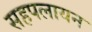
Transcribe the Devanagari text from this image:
सहपलायन